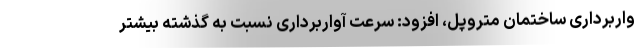
واربرداری ساختمان متروپل، افزود: سرعت آواربرداری نسبت به گذشته بیشتر